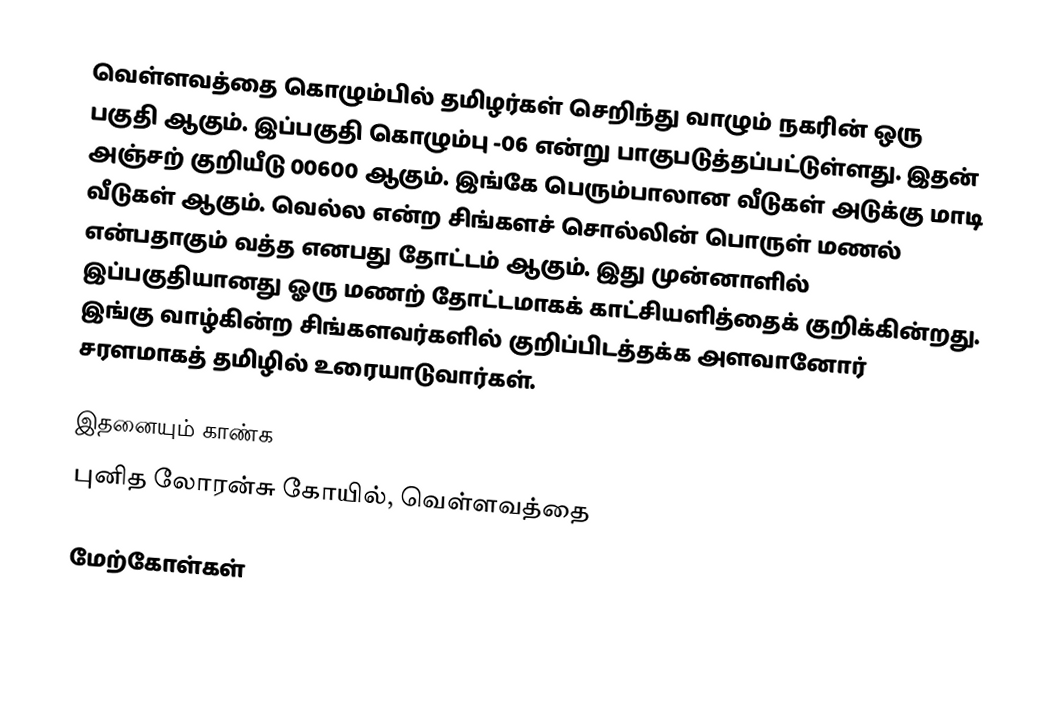
வெள்ளவத்தை கொழும்பில் தமிழர்கள் செறிந்து வாழும் நகரின் ஒரு பகுதி ஆகும். இப்பகுதி கொழும்பு -06 என்று பாகுபடுத்தப்பட்டுள்ளது. இதன் அஞ்சற் குறியீடு 00600 ஆகும். இங்கே பெரும்பாலான வீடுகள் அடுக்கு மாடி வீடுகள் ஆகும். வெல்ல என்ற சிங்களச் சொல்லின் பொருள் மணல் என்பதாகும் வத்த எனபது தோட்டம் ஆகும். இது முன்னாளில் இப்பகுதியானது ஓரு மணற் தோட்டமாகக் காட்சியளித்தைக் குறிக்கின்றது. இங்கு வாழ்கின்ற சிங்களவர்களில் குறிப்பிடத்தக்க அளவானோர் சரளமாகத் தமிழில் உரையாடுவார்கள்.

இதனையும் காண்க
 புனித லோரன்சு கோயில், வெள்ளவத்தை

மேற்கோள்கள்